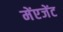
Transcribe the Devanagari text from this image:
मेंएजेंट